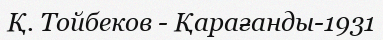
Қ. Тойбеков - Қарағанды-1931